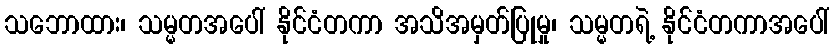
သဘောထား၊ သမ္မတအပေါ် နိုင်ငံတကာ အသိအမှတ်ပြုမှု၊ သမ္မတရဲ့ နိုင်ငံတကာအပေါ်